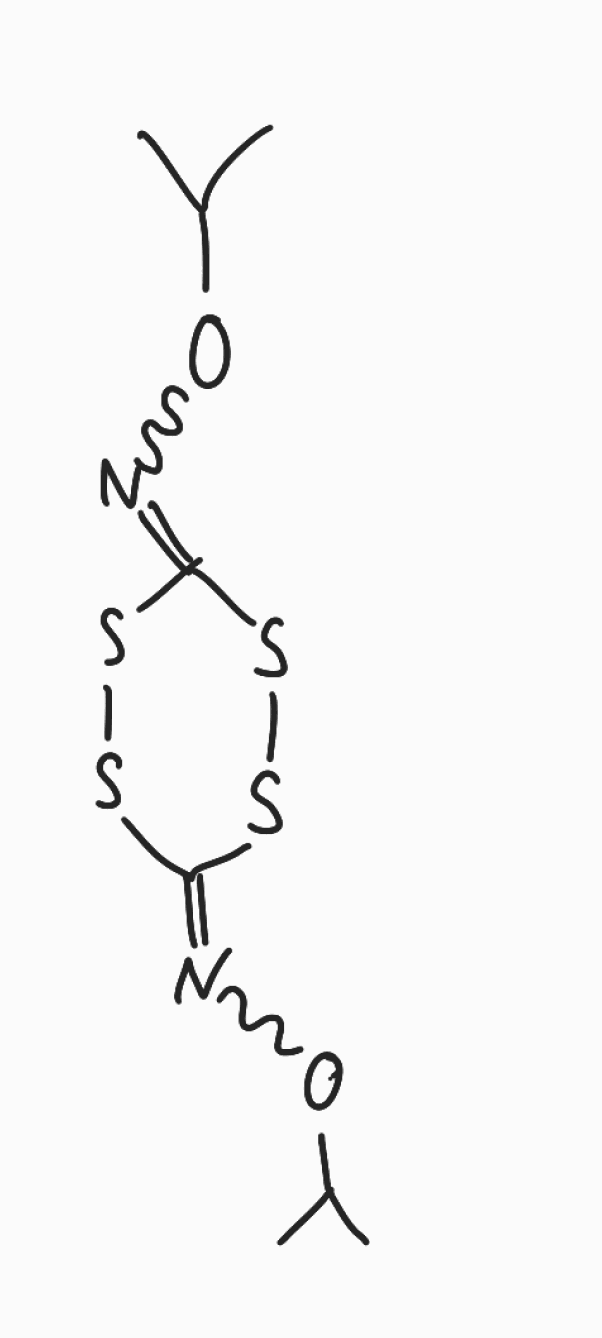
Simplified molecular-input line-entry system (SMILES) notation of the given molecule:
CC(C)ON=C1SSC(=NOC(C)C)SS1